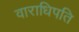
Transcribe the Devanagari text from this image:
वाराधिपति